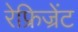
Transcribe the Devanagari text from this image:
रेफ्रिज्रेंट